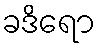
ခဒိရော